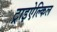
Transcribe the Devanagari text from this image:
ट्राइऐल्किल